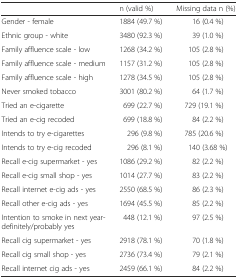
<table><thead><tr><td></td><td><b>n (valid %)</b></td><td><b>Missing data n (%)</b></td></tr></thead><tbody><tr><td>Gender - female</td><td>1884 (49.7 %)</td><td>16 (0.4 %)</td></tr><tr><td>Ethnic group - white</td><td>3480 (92.3 %)</td><td>39 (1.0 %)</td></tr><tr><td>Family affluence scale - low</td><td>1268 (34.2 %)</td><td>105 (2.8 %)</td></tr><tr><td>Family affluence scale - medium</td><td>1157 (31.2 %)</td><td>105 (2.8 %)</td></tr><tr><td>Family affluence scale - high</td><td>1278 (34.5 %)</td><td>105 (2.8 %)</td></tr><tr><td>Never smoked tobacco</td><td>3001 (80.2 %)</td><td>64 (1.7 %)</td></tr><tr><td>Tried an e-cigarette</td><td>699 (22.7 %)</td><td>729 (19.1 %)</td></tr><tr><td>Tried an e-cig recoded</td><td>699 (18.8 %)</td><td>84 (2.2 %)</td></tr><tr><td>Intends to try e-cigarettes</td><td>296 (9.8 %)</td><td>785 (20.6 %)</td></tr><tr><td>Intends to try e-cig recoded</td><td>296 (8.1 %)</td><td>140 (3.68 %)</td></tr><tr><td>Recall e-cig supermarket - yes</td><td>1086 (29.2 %)</td><td>82 (2.2 %)</td></tr><tr><td>Recall e-cig small shop - yes</td><td>1014 (27.7 %)</td><td>83 (2.2 %)</td></tr><tr><td>Recall internet e-cig ads - yes</td><td>2550 (68.5 %)</td><td>86 (2.3 %)</td></tr><tr><td>Recall other e-cig ads - yes</td><td>1694 (45.5 %)</td><td>85 (2.2 %)</td></tr><tr><td>Intention to smoke in next year- definitely/probably yes</td><td>448 (12.1 %)</td><td>97 (2.5 %)</td></tr><tr><td>Recall cig supermarket - yes</td><td>2918 (78.1 %)</td><td>70 (1.8 %)</td></tr><tr><td>Recall cig small shop - yes</td><td>2736 (73.4 %)</td><td>79 (2.1 %)</td></tr><tr><td>Recall internet cig ads - yes</td><td>2459 (66.1 %)</td><td>84 (2.2 %)</td></tr></tbody></table>